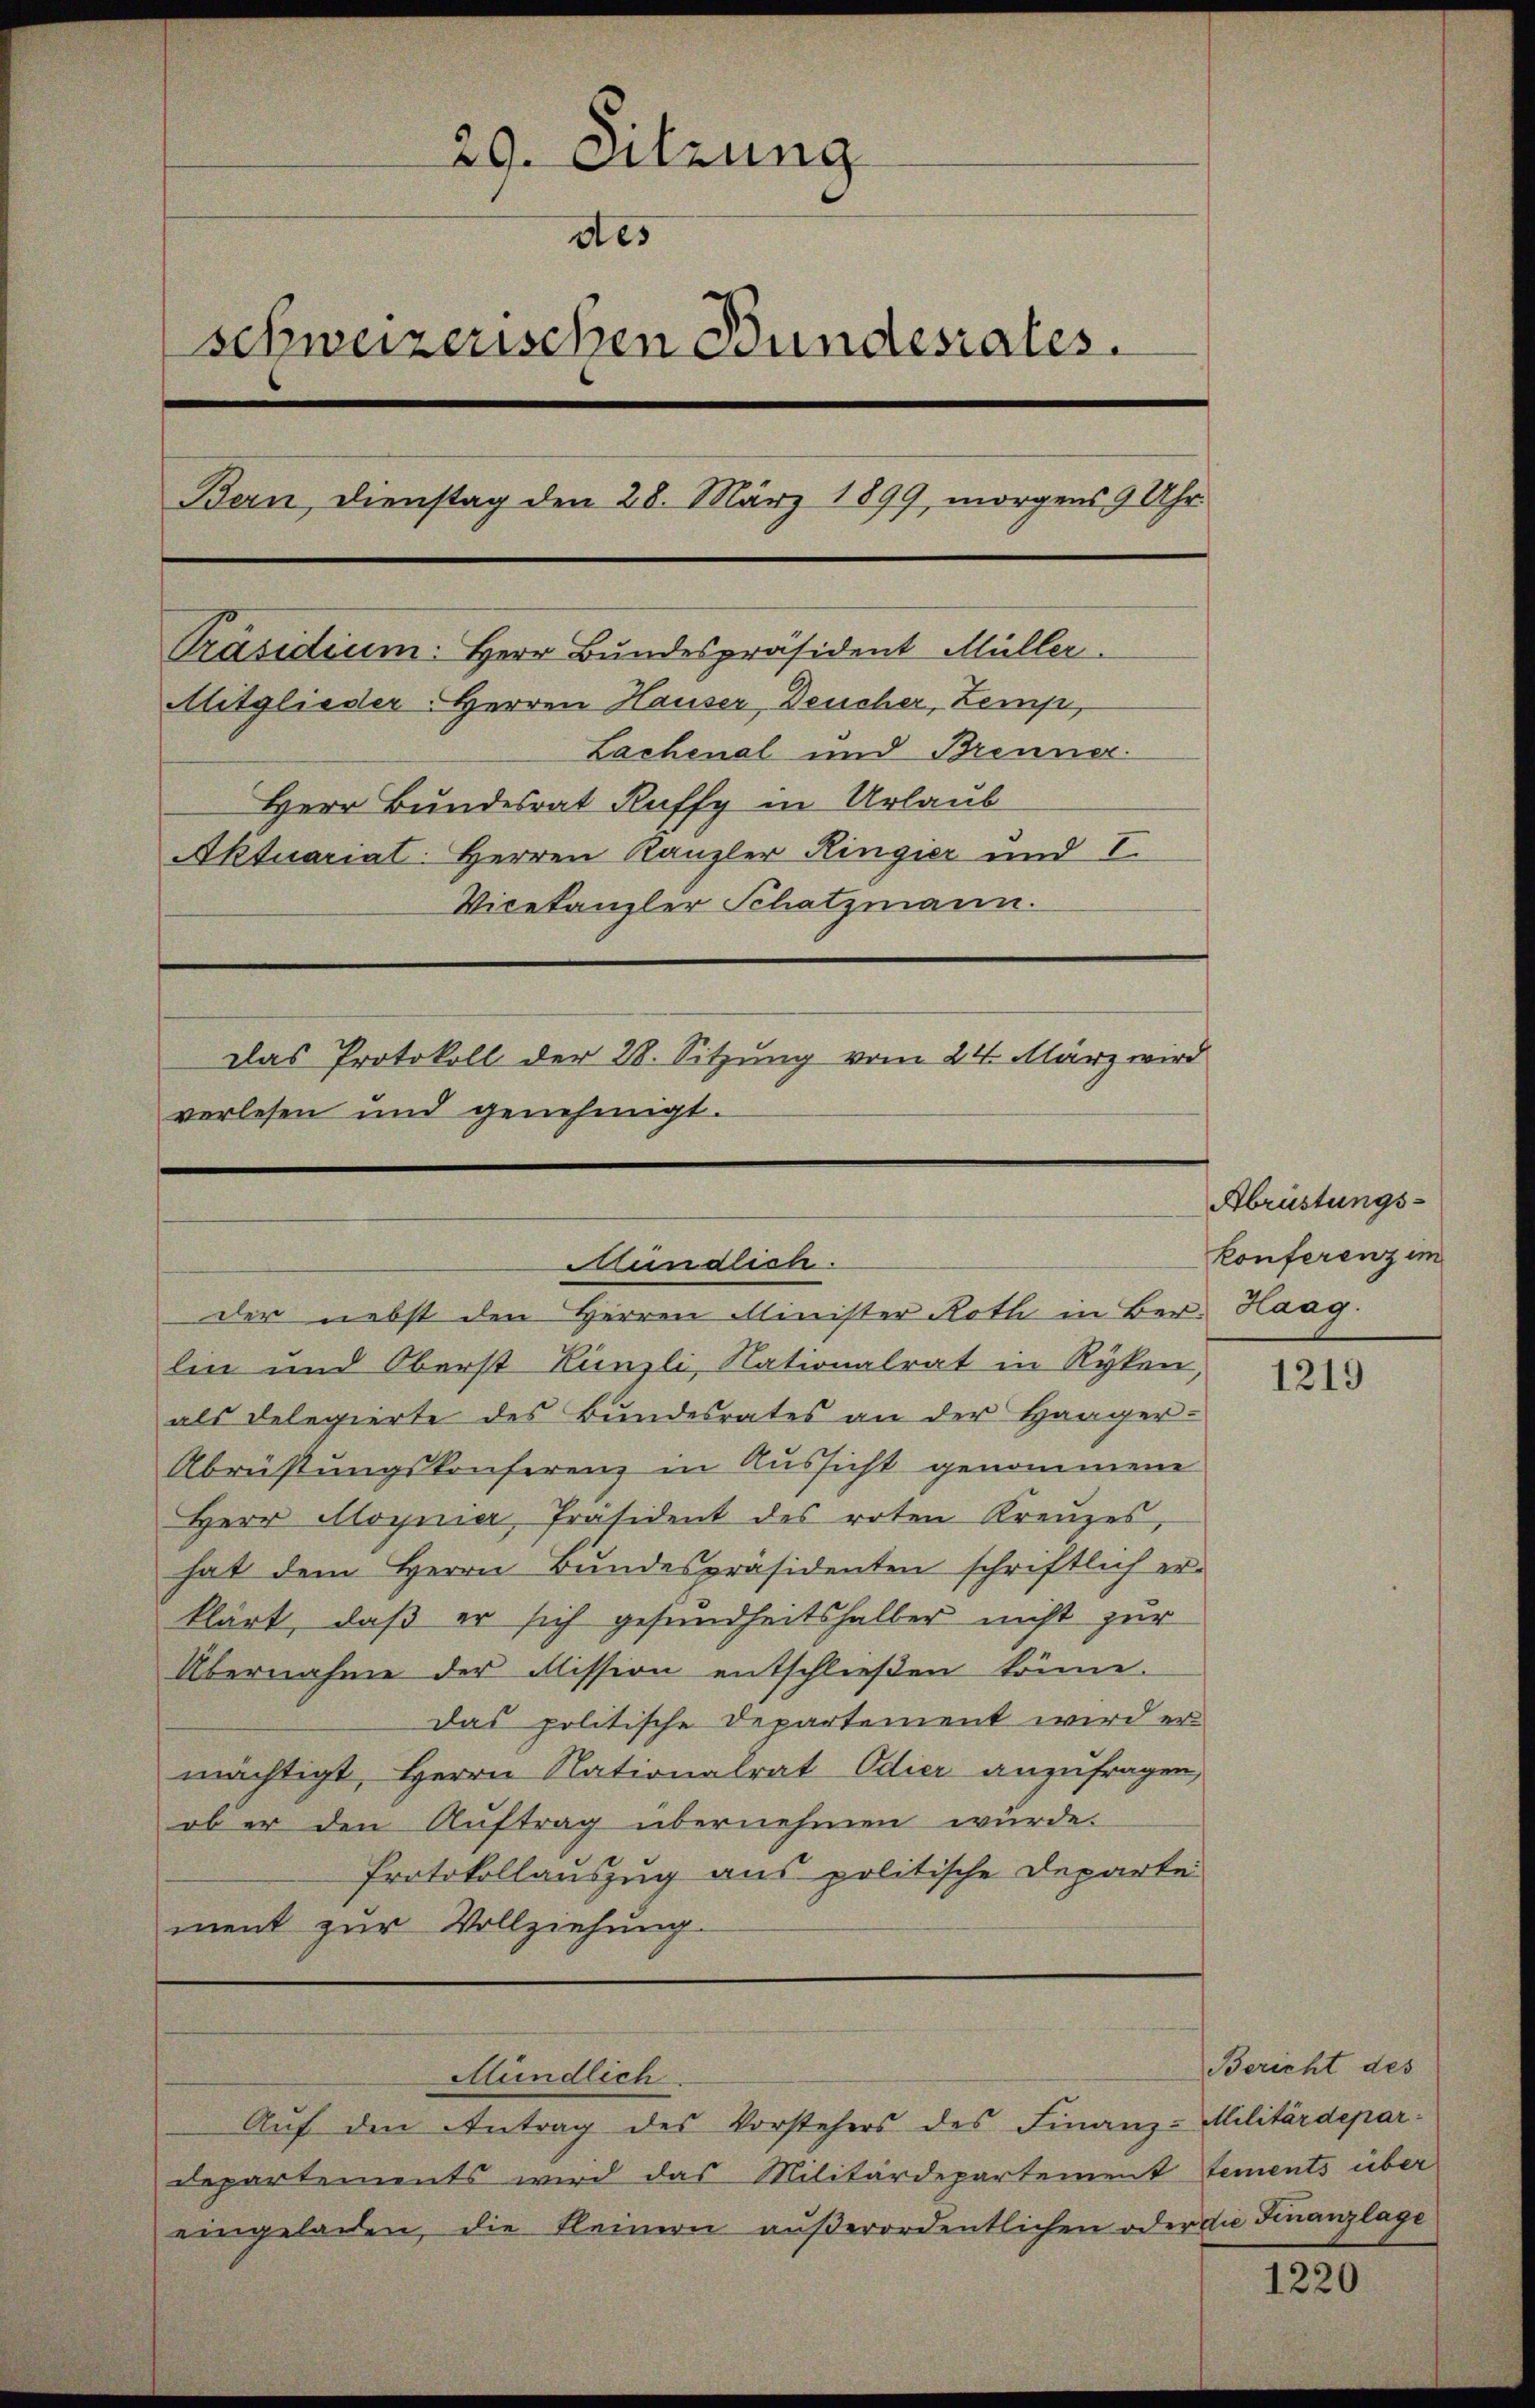
29. Sitzung
des
Schweizerischen Bundesrates.
Bern, Dienstag den 28. März 1899, morgens 9 Uhr
Präsidium. Herr Bundespräsident Müller.
Mitglieder Herren Hauser, Deucher, Zemp,
Lachenal und Brenner
Herr Bundesrat Kaffy in Urlaub
Aktuariat: Herren Kanzler Ringier und I.
Vicekanzler Schatzmann.
Das Protokoll der 28. Sitzung vom 24. März wird
verlesen und genehmigt.

lin und Oberst Künzli, Nationalrat in Ryken,
als Delegierte des Bundesrates an der Haager-
Abrüstungskonferenz in Aussicht genommene
Herr Aloynier, Präsident des roten Kreuzes,
hat dem Herrn Bundespräsidenten schriftlich erklärt, daß er sich gesundheitshalber nicht zur
Übernahme der Mission entschließen könne.
Das politische Departement wird ermächtigt, Herrn Nationalrat Odier anzufragen,
ob er den Auftrag übernehmen würde.
Protokollauszug aus politische Departe
ment zur Vollziehung.

Mündlich.
der nebst den Herren Minister Roth in Ber. Haag.

Mündlich

Auf den Antrag des Vorstehers des Finanz-Militärdepar¬
Departements wird das Militärdepartement tements über
eingeladen, die Kleinern außerordentlichen oder die Finanzlage

Abrüstungskonferenz im

1219

Bericht des

1220